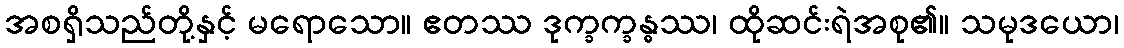
အစရှိသည်တို့နှင့် မရောသော။ ဧတဿ ဒုက္ခက္ခန္ဓဿ၊ ထိုဆင်းရဲအစု၏။ သမုဒယော၊